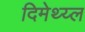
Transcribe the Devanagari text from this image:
दिमेथ्य्ल